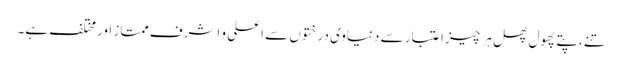
تنے ،پتے پھول پھل ہر چیز اعتبار سے دنیاوی درختوں سے اعلی و اشرف ممتاز اورمختلف ہے۔